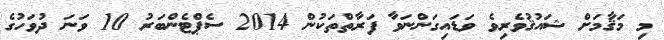
މި މަޤާމަށް ޝައުޤުވެރިވެ ވަޑައިގަންނަވާ ފަރާތްތަކުން 2014 ސެޕްޓެންބަރު 10 ވަނަ ދުވަހުގެ